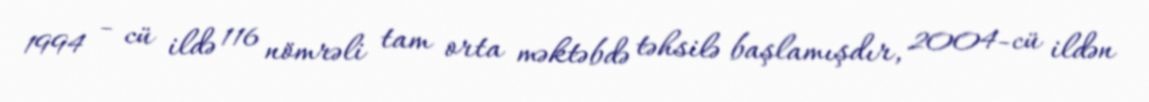
1994 - cü ildə 116 nömrəli tam orta məktəbdə təhsilə başlamışdır, 2004-cü ildən